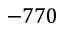
- 7 7 0